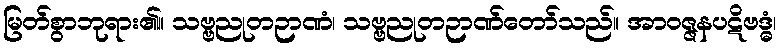
မြတ်စွာဘုရား၏။ သဗ္ဗညုတဉာဏံ၊ သဗ္ဗညုတဉာဏ်တော်သည်။ အာဝဇ္ဇနပဋိဗဒ္ဓံ၊